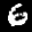
Label: 6